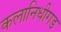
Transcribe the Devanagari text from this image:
कलानिधीगड